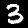
Digit: 3